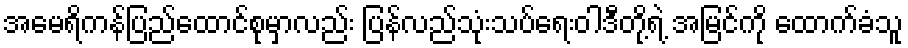
အမေရိကန်ပြည်ထောင်စုမှာလည်း ပြန်လည်သုံးသပ်ရေးဝါဒီတို့ရဲ့ အမြင်ကို ထောက်ခံသူ